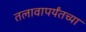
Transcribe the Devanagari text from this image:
तलावापर्यंतच्या